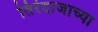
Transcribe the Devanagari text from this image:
तिरंदाजाच्या